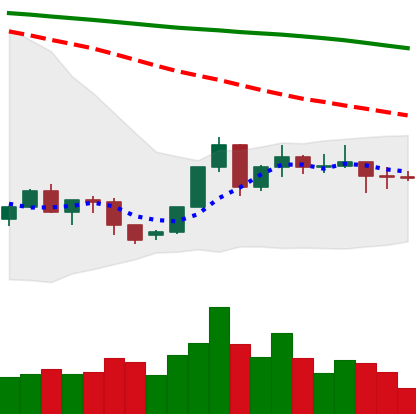
Ticker: XLM-USD
Chart end date: 2022-06-09
Forward return: -19.288%
Label: down_7plus